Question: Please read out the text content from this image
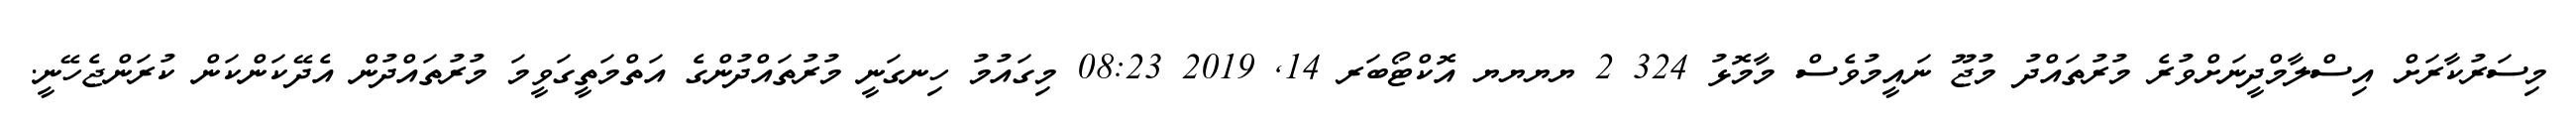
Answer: މިސަރުކާރަށް އިސްލާމްދީނަށްވުރެ މުރުތައްދު މުޖޫ ނައީމުވެސް މާމޮޅު 324 2 ޔޔޔޔ އޮކްޓޯބަރ 14, 2019 08:23 މިގައުމު ހިނގަނީ މުރުތައްދުންގެ އަތްމަތީގަވީމަ މުރުތައްދުން އެދޭކަންކަން ކުރަންޖެހޭނީ.